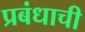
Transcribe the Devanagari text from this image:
प्रबंधाची